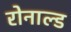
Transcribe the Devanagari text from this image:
रोनाल्‍ड